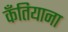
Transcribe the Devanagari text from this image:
कँतियाना